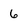
Character: 6